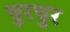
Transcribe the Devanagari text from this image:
चुरचुर